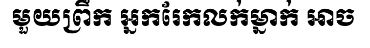
មួយព្រឹក អ្នករែកលក់ម្នាក់ អាច